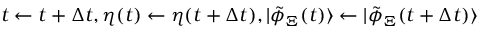
t \gets t + \Delta t , \eta ( t ) \gets \eta ( t + \Delta t ) , | \tilde { \phi } _ { \Xi } ( t ) \rangle \gets | \tilde { \phi } _ { \Xi } ( t + \Delta t ) \rangle